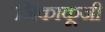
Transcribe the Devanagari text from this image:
जिंकाकूजी